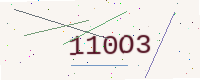
Text: 110O3